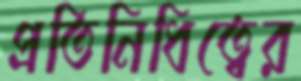
প্রতিনিধিত্বের